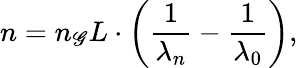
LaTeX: n=n_{\mathscr{G}}L\cdot\left(\frac{{1}}{{\lambda_{n}}}-\frac{{1}}{{\lambda_{0}}}\right),